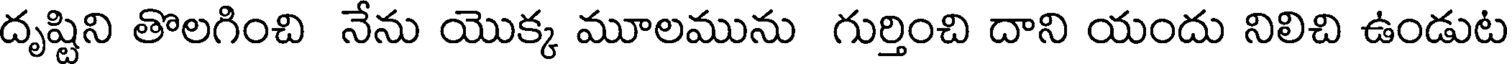
దృష్టిని తొలగించి నేను యొక్క మూలమును గుర్తించి దాని యందు నిలిచి ఉండుట